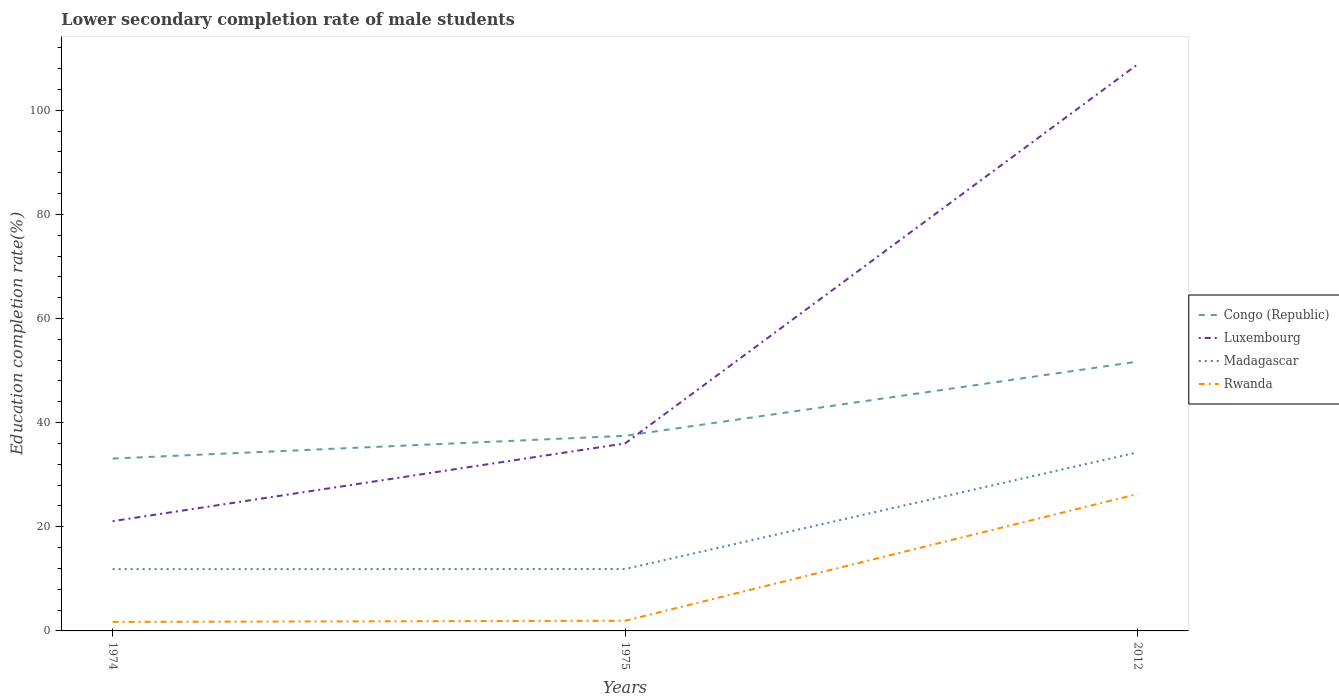
| Years | Congo (Republic) | Luxembourg | Madagascar | Rwanda |
 | --- | --- | --- | --- | --- |
 | 1974 | 33.1 | 21.1 | 11.9 | 1.73 |
 | 1975 | 37.5 | 36 | 11.9 | 1.95 |
 | 2012 | 51.7 | 109 | 34.3 | 26.3 |